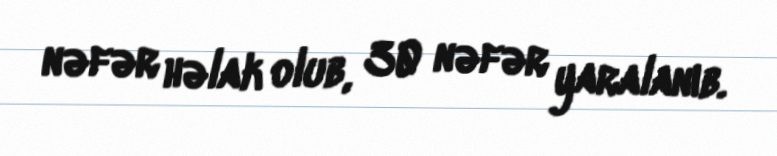
nəfər həlak olub, 30 nəfər yaralanıb.